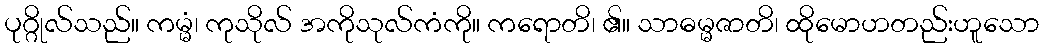
ပုဂ္ဂိုလ်သည်။ ကမ္မံ၊ ကုသိုလ် အကိုသုလ်ကံကို။ ကရောတိ၊ ၏။ သာဓမ္မဇာတိ၊ ထိုမောဟတည်းဟူသော